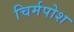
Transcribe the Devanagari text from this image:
चिर्मपोश